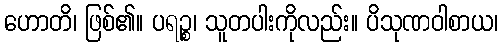
ဟောတိ၊ ဖြစ်၏။ ပရဉ္စ၊ သူတပါးကိုလည်း။ ပိသုဏဝါစာယ၊